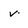
Character: v